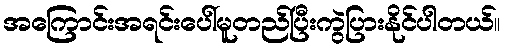
အကြောင်းအရင်းပေါ်မူတည်ပြီးကွဲပြားနိုင်ပါတယ်။